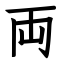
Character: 両